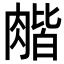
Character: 𦞉